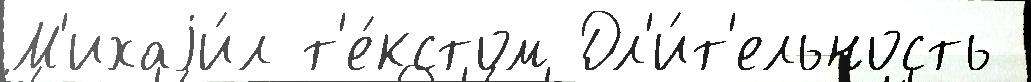
М'ихаjи́л т'е́кстом Дл'и́т'ельность